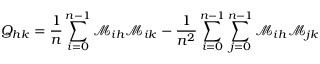
Q _ { h k } = \frac { 1 } { n } \sum _ { i = 0 } ^ { n - 1 } \mathcal { M } _ { i h } \mathcal { M } _ { i k } - \frac { 1 } { n ^ { 2 } } \sum _ { i = 0 } ^ { n - 1 } \sum _ { j = 0 } ^ { n - 1 } \mathcal { M } _ { i h } \mathcal { M } _ { j k }